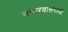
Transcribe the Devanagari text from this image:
नांगरवासगावी